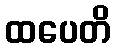
ထပေတိ